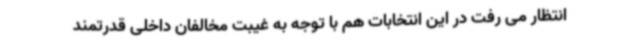
انتظار می رفت در این انتخابات هم با توجه به غیبت مخالفان داخلی قدرتمند